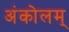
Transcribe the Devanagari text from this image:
अंकोलम्